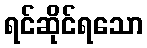
ရင်ဆိုင်ရသော